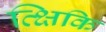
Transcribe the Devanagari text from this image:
त्क्षिकि